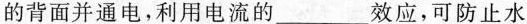
的背面并通电，利用电流的___效应，可防止水